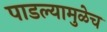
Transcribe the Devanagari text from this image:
पाडल्यामुळेच